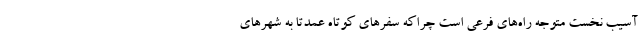
آسیب نخست متوجه راه‌های فرعی است چراکه سفرهای کوتاه عمدتا به شهرهای